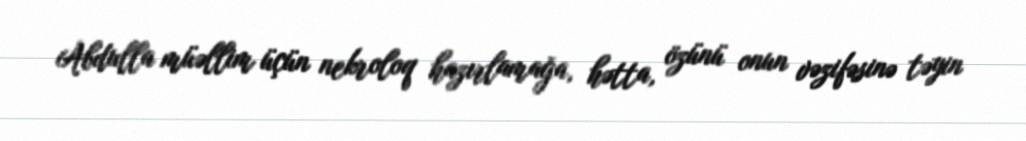
Abdulla müəllim üçün nekroloq hazırlamağa, hətta, özünü onun vəzifəsinə təyin